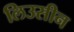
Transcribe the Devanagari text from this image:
लिउसीन